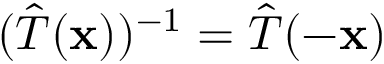
( { \hat { T } } ( \mathbf { x } ) ) ^ { - 1 } = { \hat { T } } ( - \mathbf { x } )